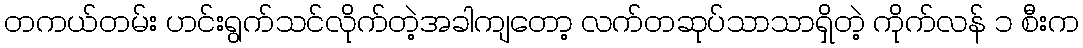
တကယ်တမ်း ဟင်းရွက်သင်လိုက်တဲ့အခါကျတော့ လက်တဆုပ်သာသာရှိတဲ့ ကိုက်လန် ၁ စီးက